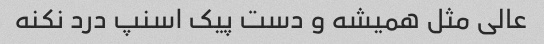
عالی مثل همیشه و دست پیک اسنپ درد نکنه